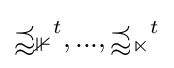
\mathbb {w_{1}} ^{t},...,\mathbb {w_{n}} ^{t}